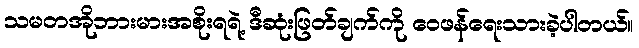
သမတအိုဘားမားအစိုးရရဲ့ ဒီဆုံးဖြတ်ချက်ကို ဝေဖန်ရေးသားခဲ့ပါတယ်။